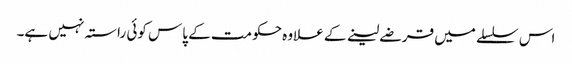
اس سلسلے میں قرضے لینے کے علاوہ حکومت کے پاس کوئی راستہ نہیں ہے۔